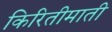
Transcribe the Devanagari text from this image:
किरितीमाती